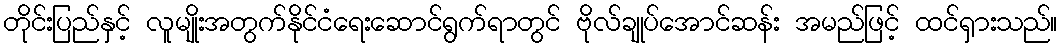
တိုင်းပြည်နှင့် လူမျိုးအတွက်နိုင်ငံရေးဆောင်ရွက်ရာတွင် ဗိုလ်ချုပ်အောင်ဆန်း အမည်ဖြင့် ထင်ရှားသည်။